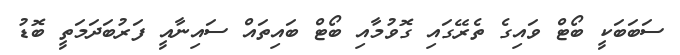
ސަބަބަކީ ބޯޓް ވައިގެ ތެރޭގައި ގޮވުމާއި ބޯޓް ބައިތައް ސައިނާއީ ފަރުބަދަމަތީ ބޮޑު